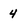
Character: 4